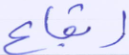
إيقاع